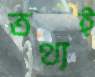
তথ্যই